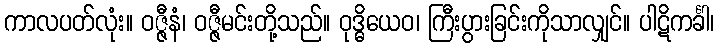
ကာလပတ်လုံး။ ဝဇ္ဇီနံ၊ ဝဇ္ဇီမင်းတို့သည်။ ဝုဒ္ဓိယေဝ၊ ကြီးပွားခြင်းကိုသာလျှင်။ ပါဋိကင်္ခါ၊